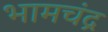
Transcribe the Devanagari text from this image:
भामचंद्र